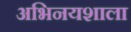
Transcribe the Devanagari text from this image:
अभिनयशाला